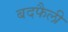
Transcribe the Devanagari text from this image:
बदफैली